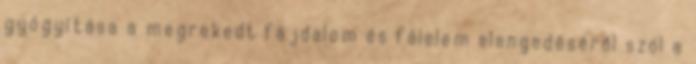
gyógyítása a megrekedt fájdalom és félelem elengedéséről szól a